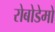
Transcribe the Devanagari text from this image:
रोबोडेमो